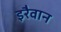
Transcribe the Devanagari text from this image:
इरैवान